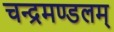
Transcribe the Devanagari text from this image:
चन्द्रमण्डलम्